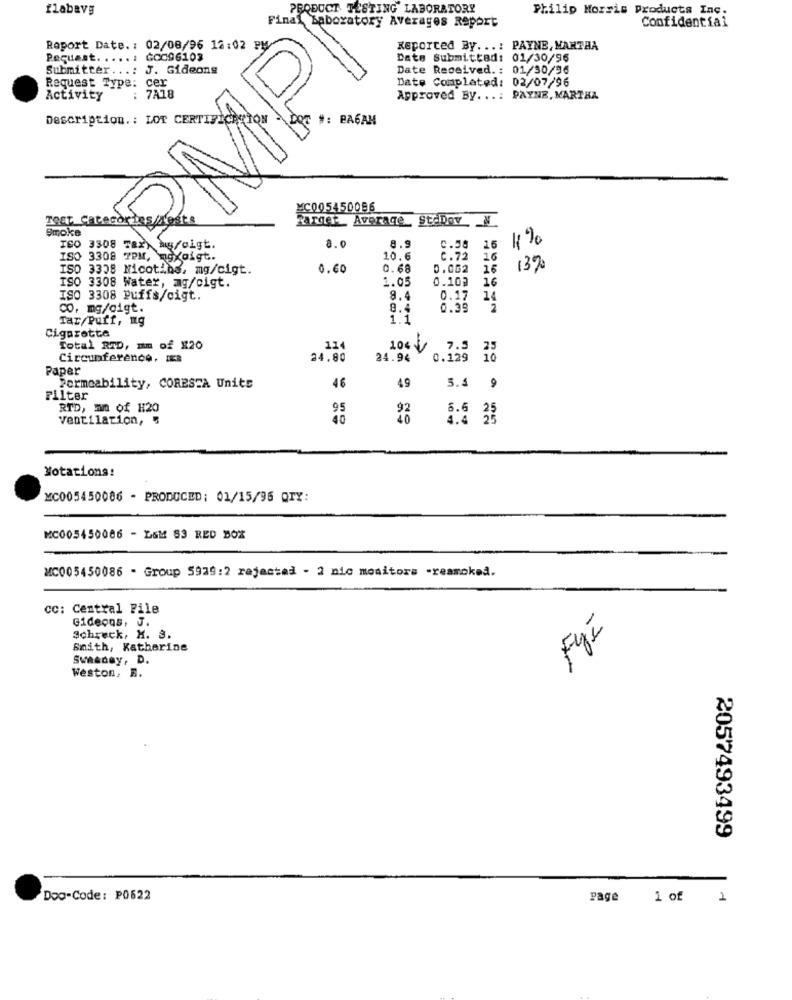
flabavg
PRODUCT TESTING LABORATORY
Philip Morris Products Inc.
Final Laboratory Averages Report
Confidential
Raport Date. : 02/08/96 12:02 PM
Reported By ...: PAYNE, MANTHA
Pecuast. ....: GCC96103
Date Submitted: 01/30/95
Submitter ...: J. Gideons
Date Received .: 01/30/36
Date Completed: 02/07/96
Request Type: cer
Activity
: 7A18
Approved By ...: PAYNE, MARTHA
Description .: LOT CERTIFICATION
#: PA6AM
MC005450086
TEL. Average, StaDov N
Smoke
8.9
ISO
8.0
0.58
16
=
ISO 3308 7PM, mgxoigt.
10.6
C.72
16
ISO 3308 Micotins, mg/cigt.
0.60
0.68
0.062
16 1390
1.05
0.103
16
ISO 3308 Water, mg/cigt.
ISO 3308 Puffs/cigt.
9.4
0.17
14
co, mg/cigt.
8.4
0.39
Tar/Puff, mg
1.1
Cigarette
Total RID, mm of X20
11
106 /
7.9
25
Circunferenco, I
24.80
24.94
0.129 10
Paper
49
Permeability, CORESTA Units
46
5.4 9
Filter
RTD, mm of H20
95
5.6
ventilation,
40
Notations:
MC005450086 - PRODUCED: 01/15/96 QTY:
MC005450086 - L6M 83 RED BOX
MC005450086 - Group 5929:2 rejected - 2 nic monitors -resmoked.
CC: Central File
Gideons, J.
Fyi
Schreck, K. S.
Smith, Katherine
Swasday, D.
Weston, B.
2057493499
Doo-Code: P0622
page
1 of 1